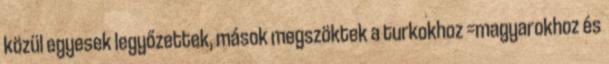
közül egyesek legyőzettek, mások megszöktek a turkokhoz =magyarokhoz és